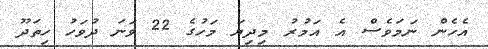
އެހެން ނަމަވެސް އެ އަމުރު މިދިޔަ މަހުގެ 22 ވަނަ ދުވަހު ހިތަދޫ